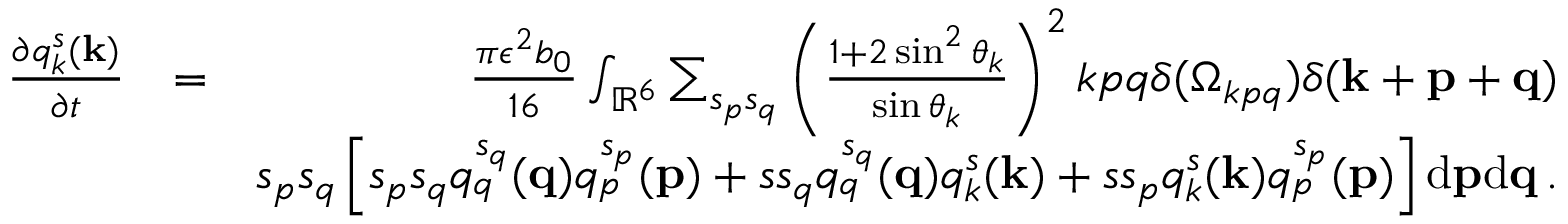
\begin{array} { r l r } { \frac { \partial q _ { k } ^ { s } ( { \bf k } ) } { \partial t } } & { = } & { \frac { \pi \epsilon ^ { 2 } b _ { 0 } } { 1 6 } \int _ { { \mathbb { R } } ^ { 6 } } \sum _ { s _ { p } s _ { q } } \left( \frac { 1 + 2 \sin ^ { 2 } \theta _ { k } } { \sin \theta _ { k } } \right) ^ { 2 } k p q \delta ( \Omega _ { k p q } ) \delta ( { \bf k } + { \bf p } + { \bf q } ) } \\ & { } & { s _ { p } s _ { q } \left[ s _ { p } s _ { q } q _ { q } ^ { s _ { q } } ( { \bf q } ) q _ { p } ^ { s _ { p } } ( { \bf p } ) + s s _ { q } q _ { q } ^ { s _ { q } } ( { \bf q } ) q _ { k } ^ { s } ( { \bf k } ) + s s _ { p } q _ { k } ^ { s } ( { \bf k } ) q _ { p } ^ { s _ { p } } ( { \bf p } ) \right] \mathrm { d } { \bf p } \mathrm { d } { \bf q } \, . } \end{array}